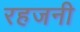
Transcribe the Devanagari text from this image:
रहजनी